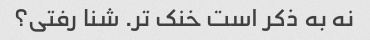
نه به ذکر است خنک تر. شنا رفتی؟